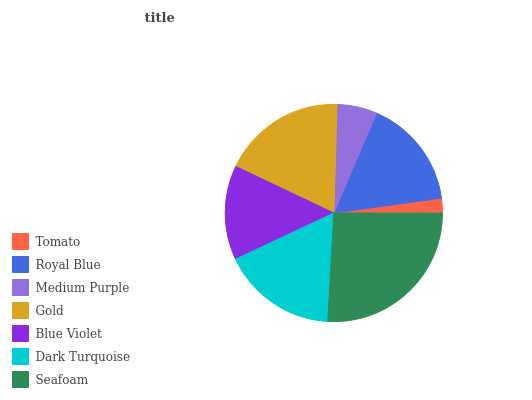
| Tomato | Royal Blue | Medium Purple | Gold | Blue Violet | Dark Turquoise | Seafoam |
 | --- | --- | --- | --- | --- | --- | --- |
 | 2.18% | 16.4% | 5.94% | 18.4% | 14% | 17.2% | 25.9% |